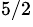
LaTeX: ^{5/2}